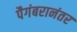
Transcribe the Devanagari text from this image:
पैगंबरानंतर